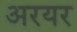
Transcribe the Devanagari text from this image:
अरयर